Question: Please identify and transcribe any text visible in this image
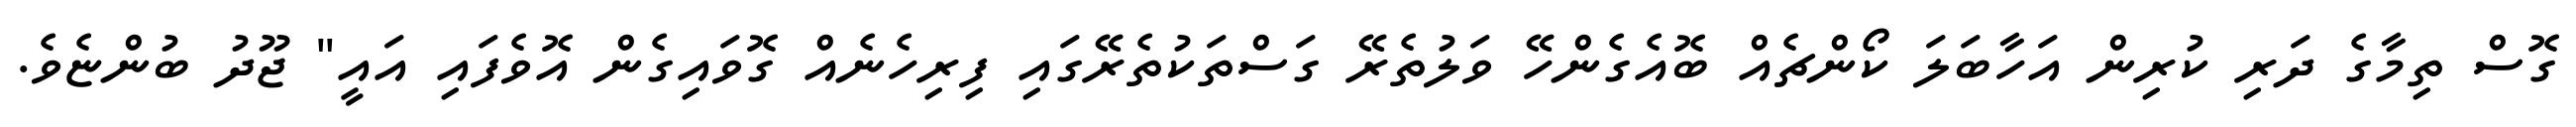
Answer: ގޮސް ތިމާގެ ދަރި ކުރިން އަހާބަލަ ކޯންޗެއް ބޮއެގެންހޭ ވަލުތެރޭ ގަސްތަކުތެރޭގައި ފިރިހެނެއް ގޮވައިގެން އޮވެފައި އައީ" ޖޫދު ބުންޏެވެ.